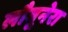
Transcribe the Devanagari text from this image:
लौगूनेरा